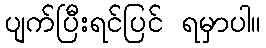
ပျက်ပြီးရင်ပြင် ရမှာပါ။